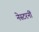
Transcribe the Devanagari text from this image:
नेस्टरनीं